Report of the Bombay Plague Committee
Disease focus: Plague
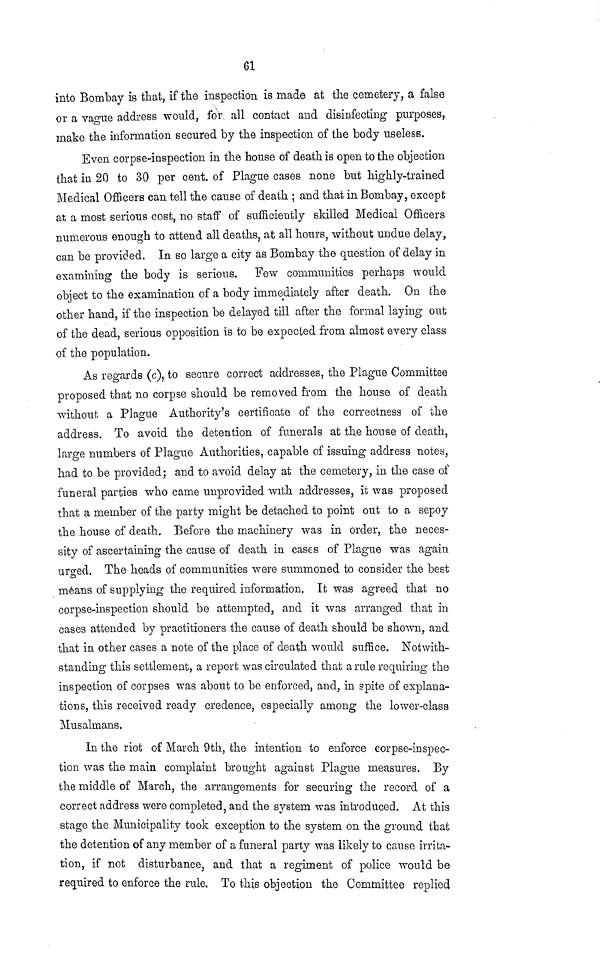
61
into Bombay is that, if the inspection is made at the cemetery, a false
or a vague address would, for all contact and disinfecting purposes,
make the information secured by the inspection of the body useless.
Even corpse-inspection in the house of death is open to the objection
that in 20 to 30 per cent, of Plague cases none but highly-trained
Medical Officers can tell the cause of death ; and that in Bombay, except
at; a most serious cost, no staff of sufficiently skilled Medical Officers
numerous enough to attend all deaths, at all hours, without undue delay,
can be provided. In so large a city as Bombay the question of delay in
examining the body is serious. Few communities perhaps would
object to the examination of a body immediately after death. On the
other hand, if the inspection be delayed till after the formal laying out
of the dead, serious opposition is to be expected from almost every class
of the population.
As regards (c), to secure correct addresses, the Plague Committee
proposed that no corpse should be removed from the house of death
without a Plague Authority's certificate of the correctness of the
address. To avoid the detention of funerals at the house of death,
large numbers of Plague Authorities, capable of issuing address notes,
had to be provided; and to avoid delay at the cemetery, in the case of
funeral parties who came unprovided with addresses, it was proposed
that a member of the party might be detached to point out to a sepoy
the house of death. Before the macninery was in order, the neces-
sity of ascertaining the cause of death in cases of Plague was again
urged. The heads of communities were summoned to consider the best
means of supplying the required information. It was agreed that no
corpse-inspection should be attempted, and it was arranged that in
cases attended by practitioners the cause of death should be shown, and
that in other cases a note of the place of death would suffice. Notwith-
standing this settlement, a report was circulated that a rule requiring the
inspection of corpses was about to be enforced, and, in spite of explana-
tions, this received ready credence, especially among the lower-class
Musalmans.
In the riot of March 9th, the intention to enforce corpse-inspec-
tion was the main complaint brought against Plague measures. By
the middle of March, the arrangements for securing the record of a
correct address were completed, and the system was introduced. At this
stage the Municipality took exception to the system on the ground that
the detention of any member of a funeral party was likely to cause irrita-
tion, if not disturbance, and that a regiment of police would be
required to enforce the rule. To this objection the Committee replied